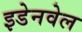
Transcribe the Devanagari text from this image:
इडेनवेल